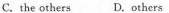
C. the others D.Others